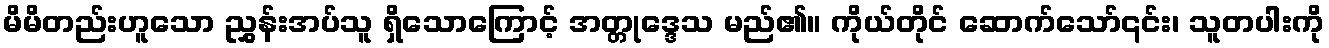
မိမိတည်းဟူသော ညွှန်းအပ်သူ ရှိသောကြောင့် အတ္တုဒ္ဒေသ မည်၏။ ကိုယ်တိုင် ဆောက်သော်၎င်း၊ သူတပါးကို